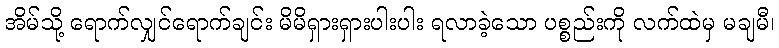
အိမ်သို့ ရောက်လျှင်ရောက်ချင်း မိမိရှားရှားပါးပါး ရလာခဲ့သော ပစ္စည်းကို လက်ထဲမှ မချမီ၊